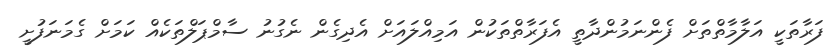
ފަރާތަކީ އަލާމާތްތަށް ފެންނަމުންދާތީ އެފަރާތްތަކުން އަމިއްލައަށް އެދިގެން ނެގުނު ސާމްޕަލްތަަކެއް ކަމަށް ގެމަނަފުށީ